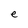
Character: e